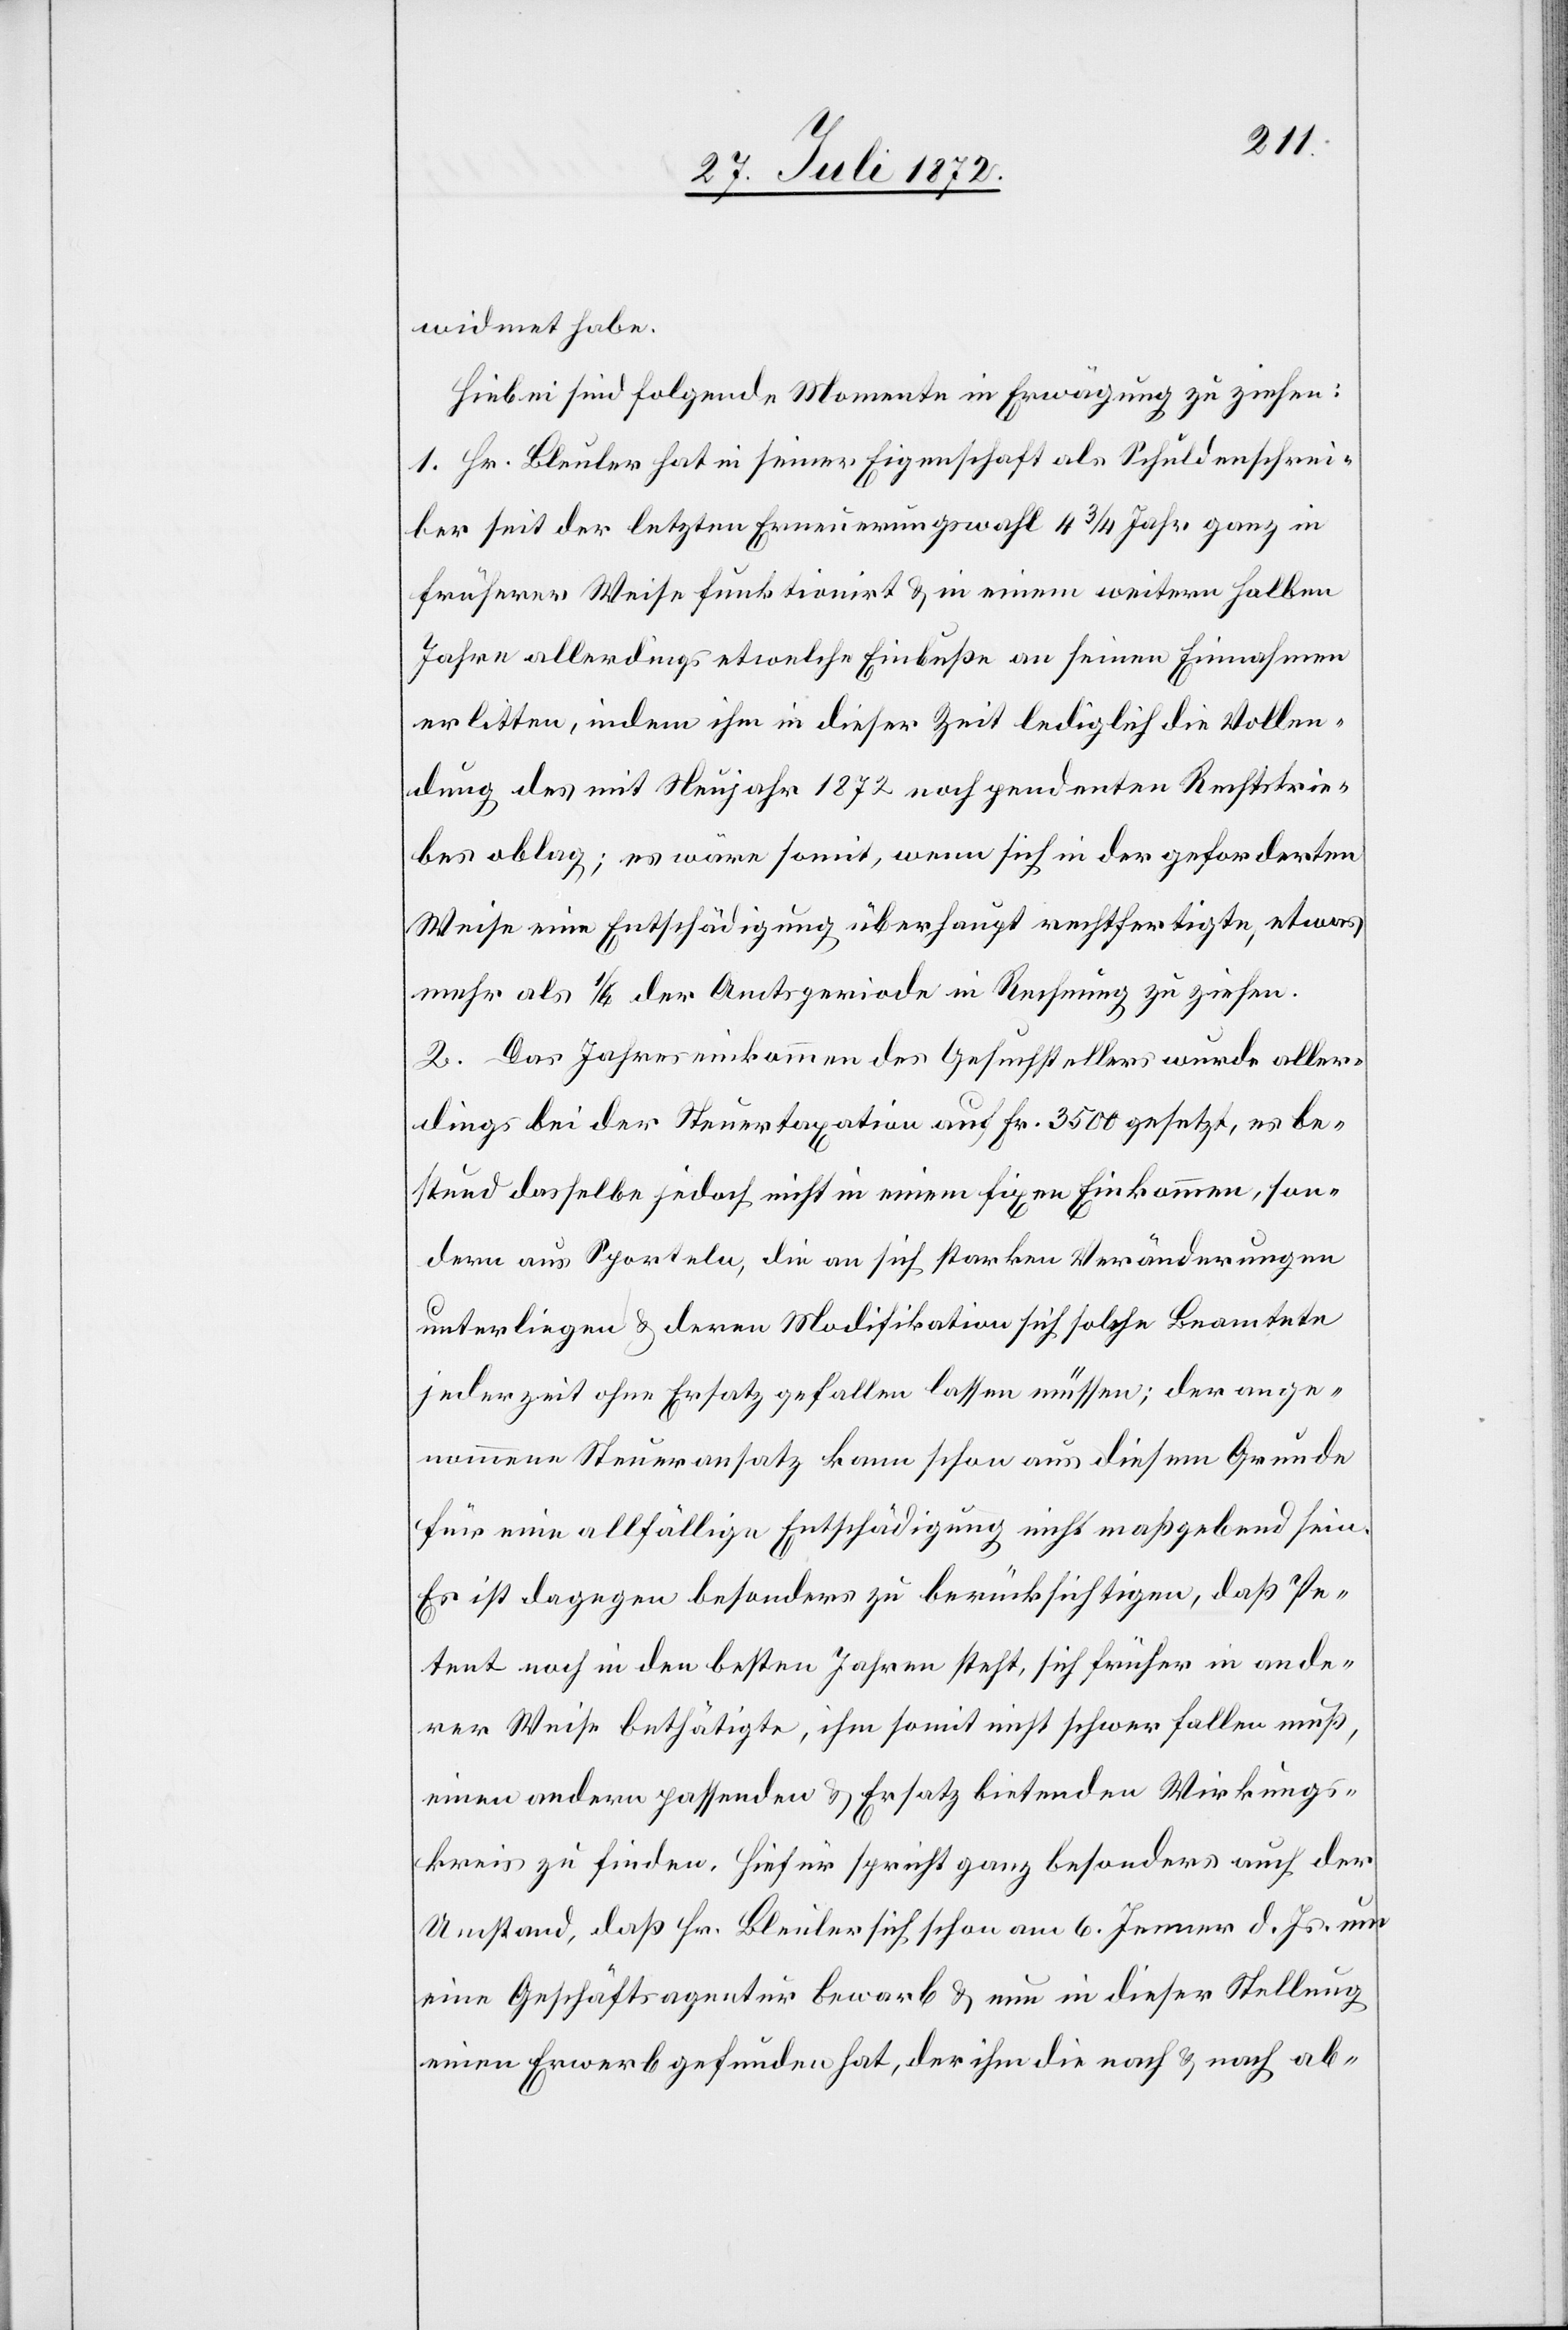
widmet habe.
Hiebei sind folgende Momente in Erwägung zu ziehen:
1. Hr. Bleuler hat in seiner Eigenschaft als Schuldenschrei¬
ber seit der letzten Erneuerungswahl 4 3/4 Jahr[e] ganz in
früherer Weise funktionirt u. in einem weitern halben
Jahre allerdings etwelche Einbuße an seinen Einnahmen
erlitten, indem ihm in dieser Zeit lediglich die Vollen¬
dung des mit Neujahr 1872 noch pendenten Rechtstrie¬
bes oblag; es wäre somit, wenn sich in der geforderten
Weise eine Entschädigung überhaupt rechtfertigte, etwas
mehr als ¼ der Amtsperiode in Rechnung zu ziehen.
2. Das Jahreseinkommen des Gesuchstellers wurde aller¬
dings bei der Steuertaxation auf Fr. 3500 gesetzt, es be¬
stund [sic!] dasselbe jedoch nicht in einem fixen Einkommen, son¬
dern aus Sporteln, die an sich starken Veränderungen
unterliegen u. deren Modifikation sich solche Beamtete
jederzeit ohne Ersatz gefallen lassen müssen; der ange¬
nommene Steuersatz kann schon aus diesem Grunde
für eine allfällige Entschädigung nicht maßgebend sein.
Es ist dagegen besonders zu berücksichtigen, daß Pe¬
tent noch in den besten Jahren steht, sich früher in ande¬
rer Weise bethätigte, ihm somit nicht schwer fallen muß,
einen andern passenden u. Ersatz bietenden Wirkungs¬
kreis zu finden. Hiefür spricht ganz besonders auch der
Umstand, daß Hr. Bleuler sich schon am 6. Jenner d. Js. um
eine Geschäftsagentur bewarb u. nun in dieser Stellung
einen Erwerb gefunden hat, der ihm die nach u. nach ab-